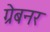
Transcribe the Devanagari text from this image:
ग्रेबनर